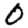
Digit: 0